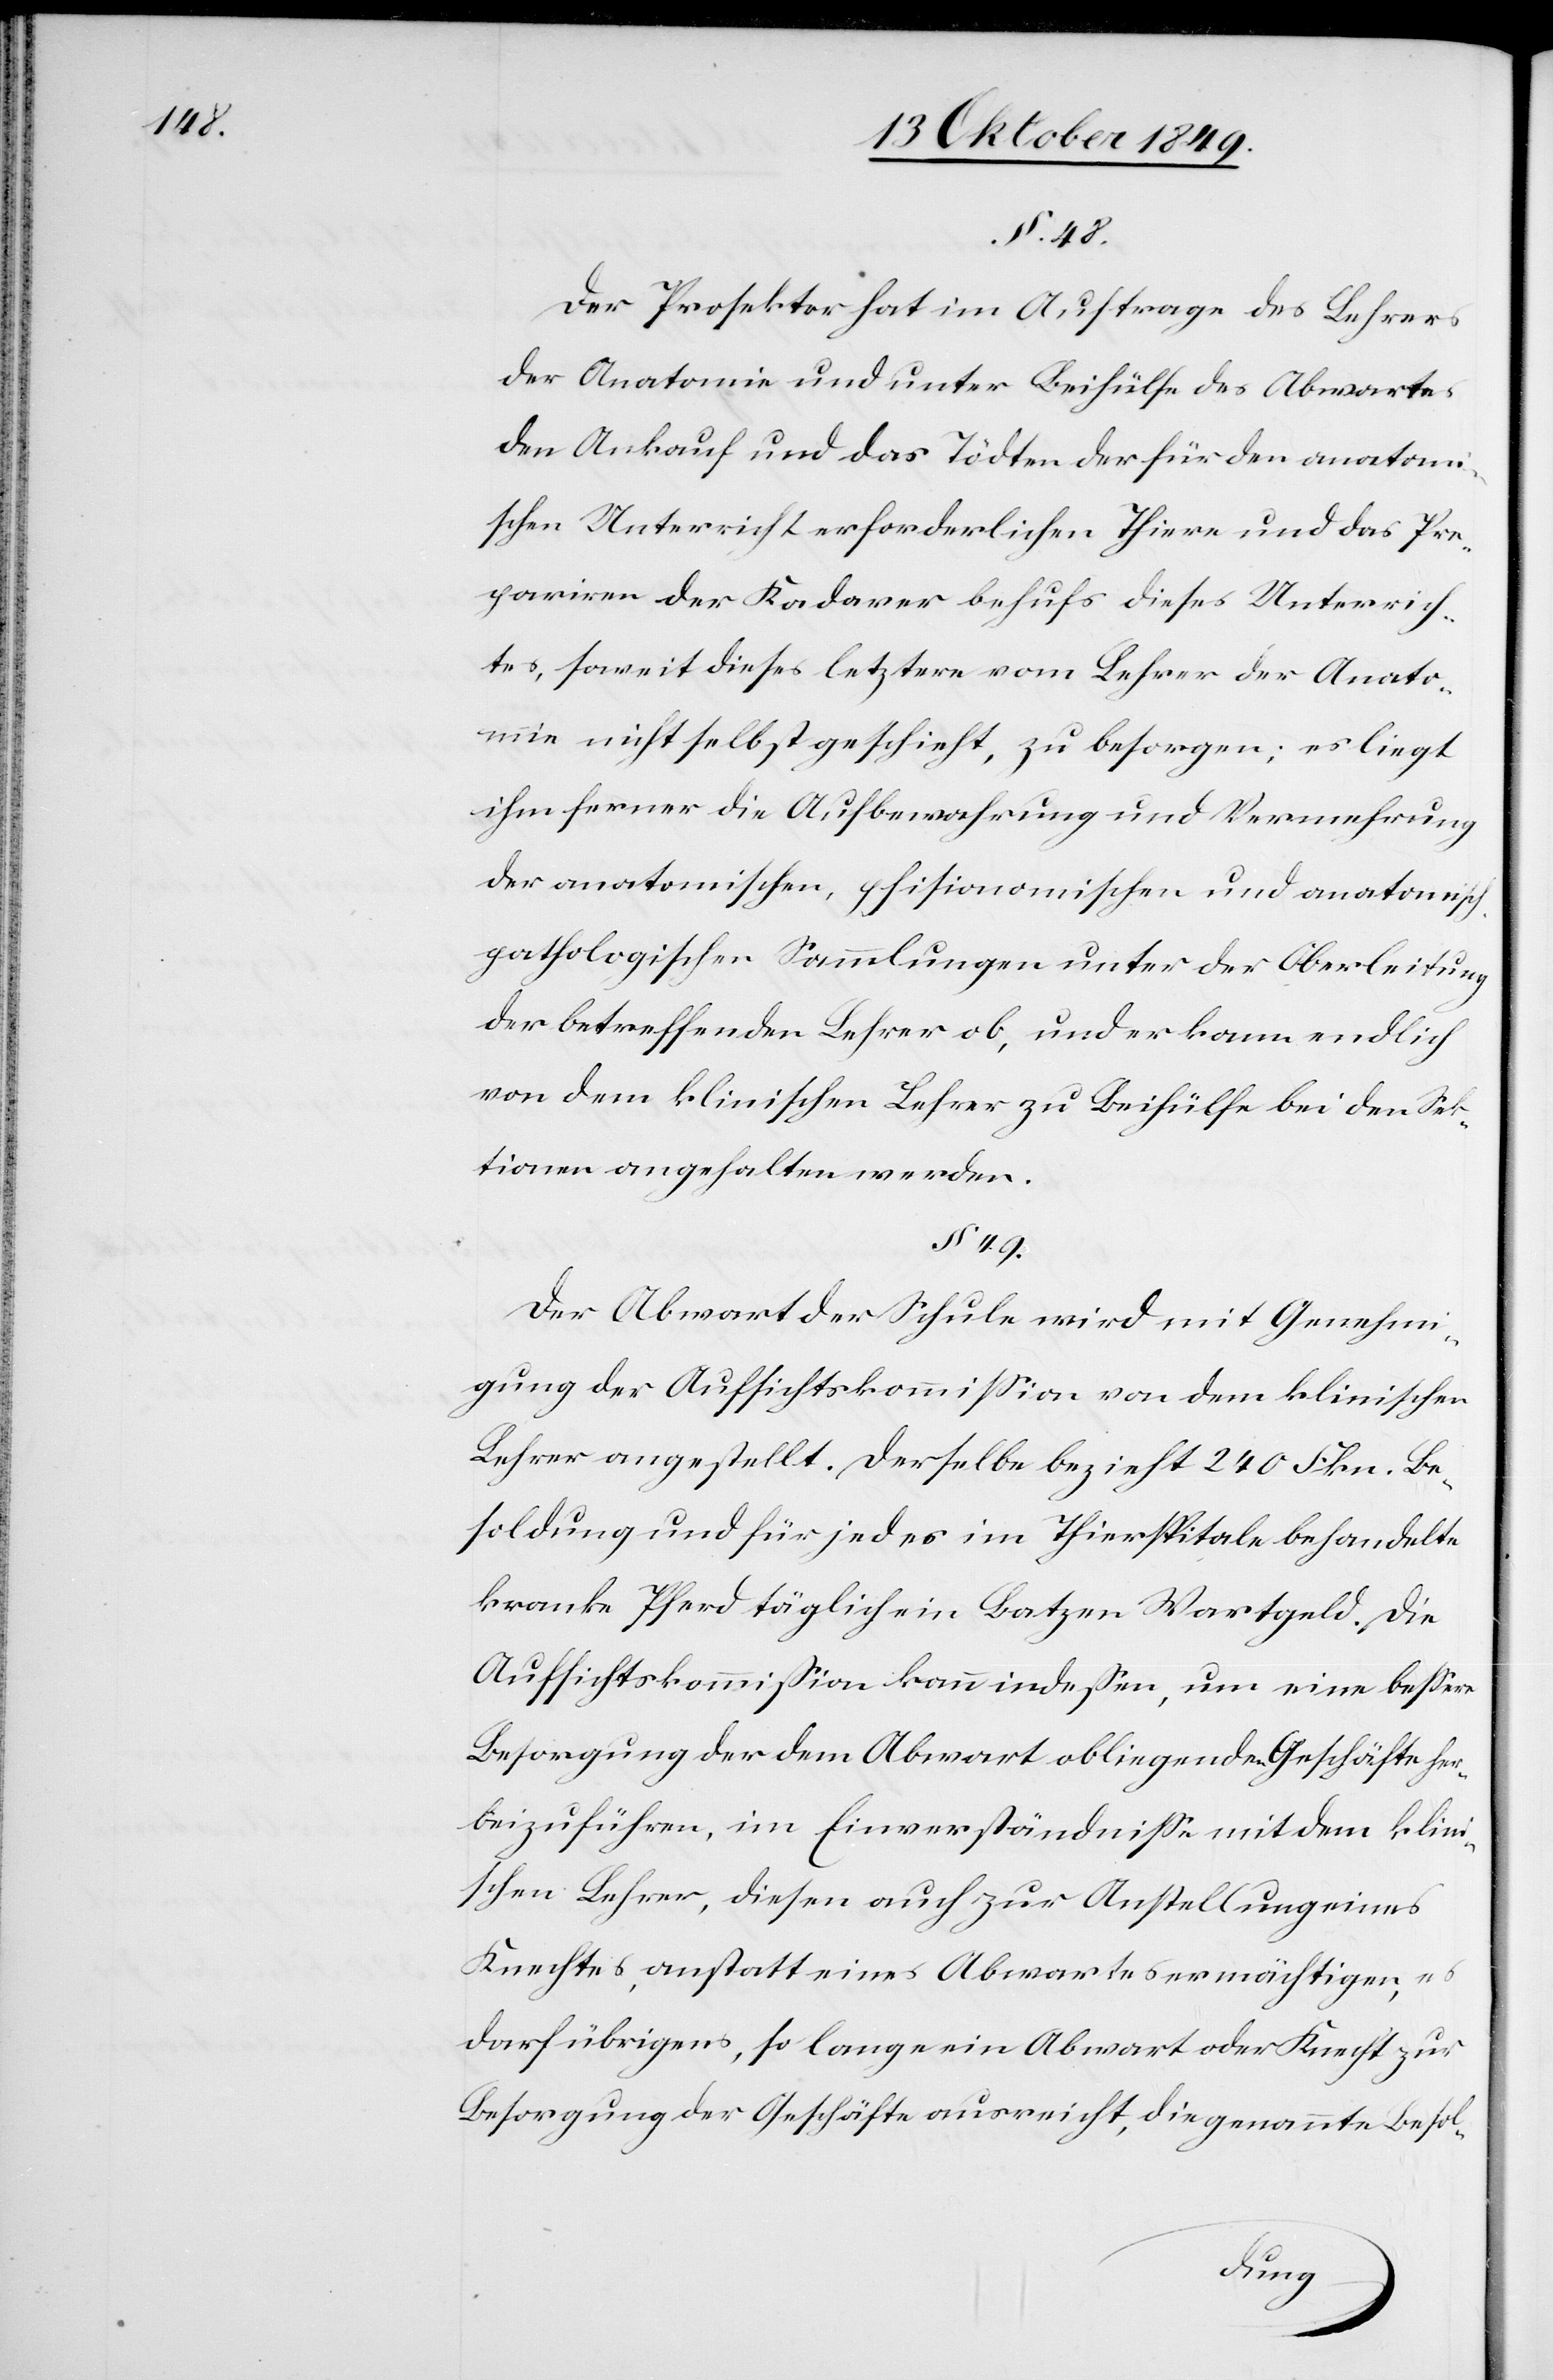
§. 48.
Der Prosektor hat im Auftrage des Lehrers
der Anatomie und unter Beihülfe des Abwartes
den Ankauf und das Tödten der für den anatomi¬
schen Unterricht erforderlichen Thiere und des Pre¬
pariren der Kadaver behufs dieses Unterrich¬
tes, soweit dieses letztere vom Lehrer der Anato¬
mie nicht selbst geschieht, zu besorgen; es liegt
ihm ferner die Aufbewahrung und Vermehrung
der anatomischen, phisionomischen und anatomisc¬
h-pathologischen Sammlungen unter der Oberleitung
der betreffenden Lehrer ob, und er kann endlich
von dem klinischen Lehrer zu Beihülfe bei den Sek¬
tionen angehalten werden.
§. 49.
Der Abwart der Schule wird mit Genehmi¬
gung der Aufsichtskommißion von dem klinischen
Lehrer angestellt. Derselbe bezieht 240 Frkn. Be¬
soldung und für jedes im Thierspitale behandelte
kranke Pferd täglich ein Batzen Wartgeld. Die
Aufsichtskommißion kann indeßen, um eine beßere
Besorgung der dem Abwart obliegenden Geschäfte her¬
beizuführen, im Einverständniße mit dem klini¬
schen Lehrer, diesen auch zur Anstellung eines
Knechtes, anstatt eines Abwartes ermächtigen, es
darf übrigens, so lange ein Abwart oder Knecht zur
Besorgung der Geschäfte ausreicht, die genannte Besol-